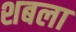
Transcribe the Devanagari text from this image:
शबला